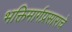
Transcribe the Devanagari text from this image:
भक्तिमार्गप्रसाराचे